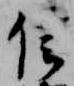
信